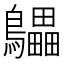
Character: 𲍩